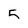
Character: 5